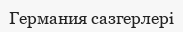
Германия сазгерлері